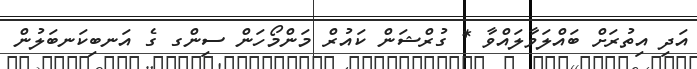
އަދި އިތުރަށް ބައްލަވާލައްވާ * ގުރްޝަން ކައުރް މަންމޯހަން ސިންގ ގެ އަނބިކަނބަލުން